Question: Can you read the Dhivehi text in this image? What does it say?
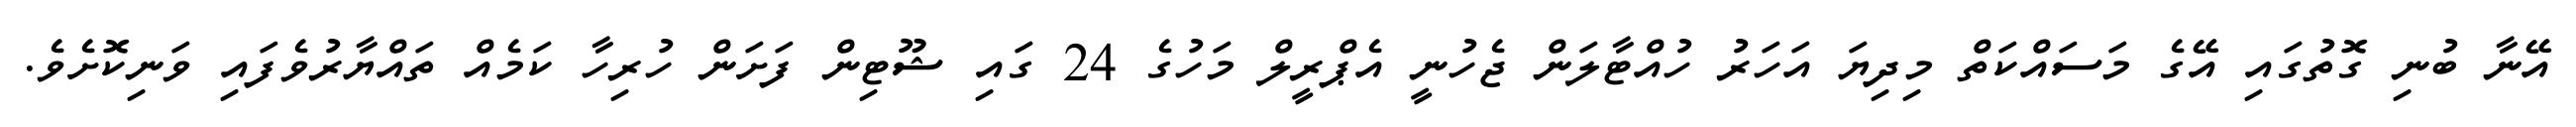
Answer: އޭނާ ބުނި ގޮތުގައި އޭގެ މަސައްކަތް މިދިޔަ އަހަރު ހުއްޓާލަން ޖެހުނީ އެޕްރީލް މަހުގެ 24 ގައި ޝޫޓިން ފަށަން ހުރިހާ ކަމެއް ތައްޔާރުވެފައި ވަނިކޮށެވެ.